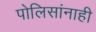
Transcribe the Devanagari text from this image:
पोलिसांनाही